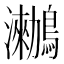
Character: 𪆵